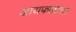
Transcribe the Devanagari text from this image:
जायफळाचा